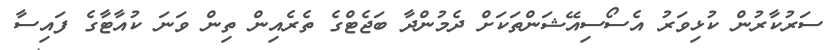
ސަރުކާރުން ކުޅިވަރު އެސޯސިއޭޝަންތަކަށް ދެމުންދާ ބަޖެޓްގެ ތެރެއިން ތިން ވަނަ ކުއާޓާގެ ފައިސާ